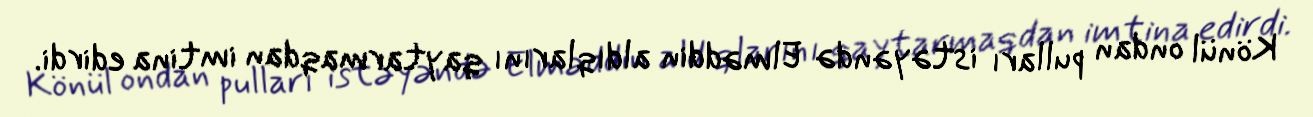
Könül ondan pulları istəyəndə Elməddin aldıqlarını qaytarmaqdan imtina edirdi.